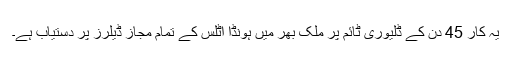
یہ کار 45 دن کے ڈلیوری ٹائم پر ملک بھر میں ہونڈا اٹلس کے تمام مجاز ڈیلرز پر دستیاب ہے۔